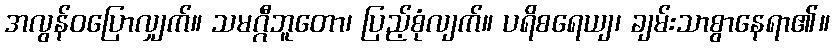
အလွန်ဝပြောလျှက်။ သမဂ္ဂီဘူတော၊ ပြည့်စုံလျက်။ ပရိစရေယျ၊ ချမ်းသာစွာနေရာ၏။